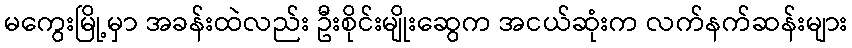
မကွေးမြို့မှာ အခန်းထဲလည်း ဦးစိုင်းမျိုးဆွေက အငယ်ဆုံးက လက်နက်ဆန်းများ